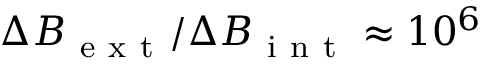
\Delta B _ { \mathrm { ~ e ~ x ~ t ~ } } / \Delta B _ { \mathrm { ~ i ~ n ~ t ~ } } \approx 1 0 ^ { 6 }